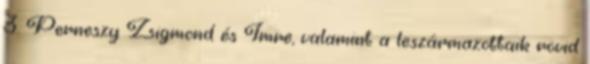
3. Perneszy Zsigmond és Imre, valamint a leszármazottaik rövid